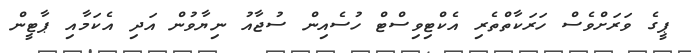
ޕީގެ ވަރަށްވެސް ހަރަކާތްތެރި އެކްޓިވިސްޓް ހުސެއިން ސުޖާއު ނިޔާވުން އަދި އެކަމާއި ޕާޓީން